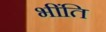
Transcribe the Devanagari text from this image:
भींति